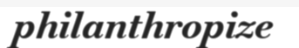
philanthropize